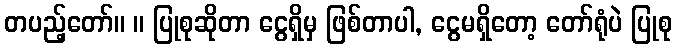
တပည့်တော်။ ။ ပြုစုဆိုတာ ငွေရှိမှ ဖြစ်တာပါ, ငွေမရှိတော့ တော်ရုံပဲ ပြုစု